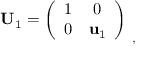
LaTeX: { \bf U } _ { 1 } = \left( \begin{array} { c c } { { 1 } } & { { 0 } } \\ { { 0 } } & { { { \bf u } _ { 1 } } } \end{array} \right) _ { \ , }